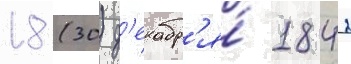
18 (30) д'екабр'я́ 1842